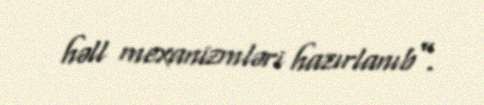
həll mexanizmləri hazırlanıb”.